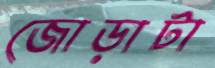
জোড়াটা